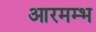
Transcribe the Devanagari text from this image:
आरमम्भ